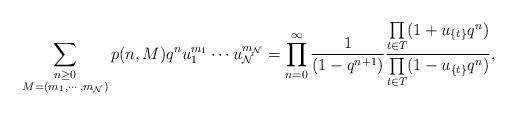
LaTeX: \begin{align*}\sum_{\substack{n \geq 0 \\ M = (m_1, \cdots, m_\mathcal{N})}}p(n,M) q^n u_{1}^{m_1}\cdots u_{\mathcal{N}}^{m_\mathcal{N}}&= \prod_{n=0}^{\infty} \frac{1}{(1-q^{n+1})}\dfrac{\prod\limits_{t \in T_{}}(1+u_{\{ t \}} q^n)}{\prod\limits_{t \in T_{}}(1-u_{\{ t \}} q^n)} ,\end{align*}